Proceedings of the meeting of veterinary officers in India
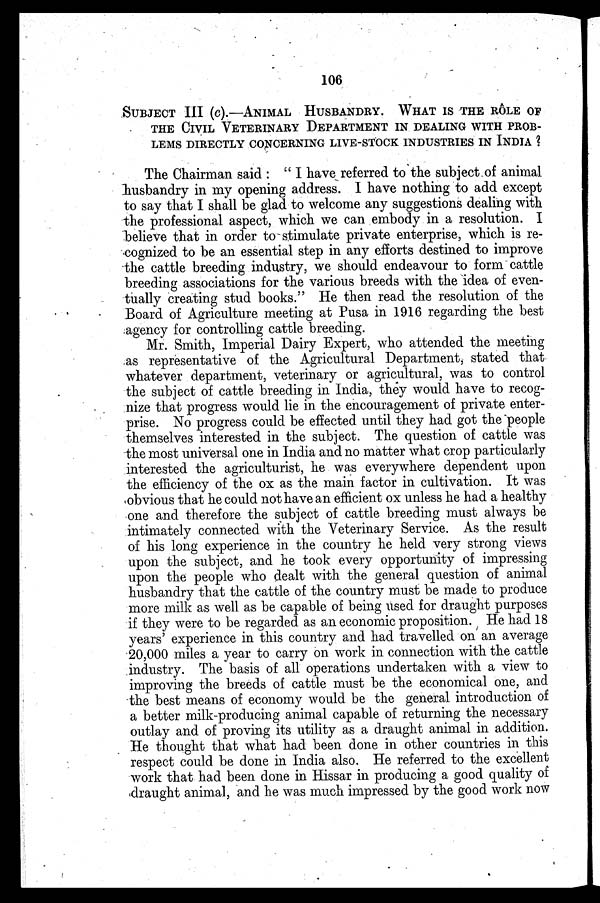
106
SUBJECT III (c).—ANIMAL HUSBANDRY. WHAT IS THE RÔLE OF
THE CIVIL VETERINARY DEPARTMENT IN DEALING WITH PROB-
LEMS
DIRECTLY CONCERNING LIVE-STOCK INDUSTRIES IN INDIA ?
The Chairman said : "I have referred to the subject, of animal
husbandry in my opening address. I have nothing to add except
to say that I shall be glad to welcome any suggestions dealing with
the professional aspect, which we can embody in a resolution. I
believe that in order to stimulate private enterprise, which is re-
cognized to be an essential step in any efforts destined to improve
the cattle breeding industry, we should endeavour to form cattle
breeding associations for the various breeds with the idea of even-
tually creating stud books." He then read the resolution of the
Board of Agriculture meeting at Pusa in 1916 regarding the best
agency for controlling cattle breeding.
Mr. Smith, Imperial Dairy Expert, who attended the meeting
as representative of the Agricultural Department, stated that
whatever department, veterinary or agricultural, was to control
the subject of cattle breeding in India, they would have to recog-
nize that progress would lie in the encouragement of private enter-
prise. No progress could be effected until they had got the people
themselves interested in the subject. The question of cattle was
the most universal one in India and no matter what crop particularly
interested the agriculturist, he was everywhere dependent upon
the efficiency of the ox as the main factor in cultivation. It was
obvious that he could not have an efficient ox unless he had a healthy
one and therefore the subject of cattle breeding must always be
intimately connected with the Veterinary Service. As the result
of his long experience in the country he held very strong views
upon the subject, and he took every opportunity of impressing
upon the people who dealt with the general question of animal
husbandry that the cattle of the country must be made to produce
more milk as well as be capable of being used for draught purposes
if they were to be regarded as an economic proposition. He had 18
years' experience in this country and had travelled on an average
20,000 miles a year to carry on work in connection with the cattle
industry. The basis of all operations undertaken with a view to
improving the breeds of cattle must be the economical one, and
the best means of economy would be the general introduction of
a better milk-producing animal capable of returning the necessary
outlay and of proving its utility as a draught animal in addition.
He thought that what had been done in other countries in this
respect could be done in India also. He referred to the excellent
work that had been done in Hissar in producing a good quality of
draught animal, and he was much impressed by the good work now